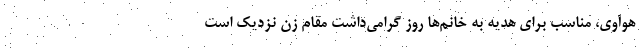
هوآوی، مناسب برای هدیه به خانم‌ها روز گرامی‌داشت مقام زن نزدیک است